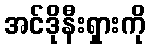
အင်ဒိုနီးရှားကို